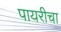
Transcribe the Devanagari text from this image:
पायरीचा